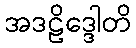
အဒဠိဒ္ဒေါတိ